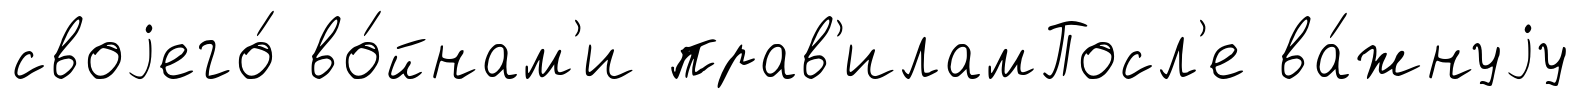
своjего́ во́йнам'и прав'иламПосл'е ва́жнуjу